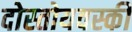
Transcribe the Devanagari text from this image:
दोस्तोयवस्की